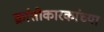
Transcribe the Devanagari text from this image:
क्रांतीकारकांच्या